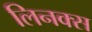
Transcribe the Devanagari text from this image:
लिनक्‍स